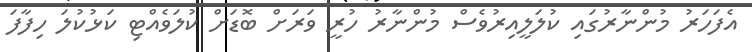
އެފަހަރު މުންނާރުގައި ކުލަލީއިރުވެސް މުންނާރު ހުރީ ވަރަށް ބޮޑަށް ކުލަވެއްޓި ކަޅުކުލަ ހިފާފަ